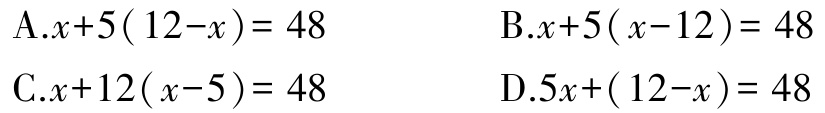
A.$x + 5(12 - x) = 48$
B.$x + 5(x - 12) = 48$
C.$x + 12(x - 5) = 48$
D.$5x+(12 - x) = 48$